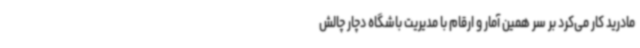
مادرید کار می‌کرد بر سر همین آمار و ارقام با مدیریت باشگاه دچار چالش